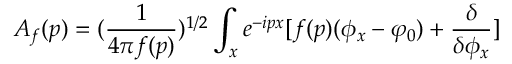
A _ { f } ( p ) = ( { \frac { 1 } { 4 \pi f ( p ) } } ) ^ { 1 / 2 } \int _ { x } e ^ { - i p x } [ f ( p ) ( \phi _ { x } - \varphi _ { 0 } ) + { \frac { \delta } { \delta \phi _ { x } } } ]